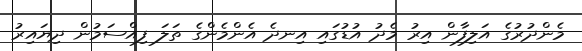
މެންދުރުގެ އަލިފާން އިރު މެދު އުޑުގަައި އިނދެ އެންމެންގެ ތަލަ ފިއްސަމުން ދިޔައިރު